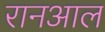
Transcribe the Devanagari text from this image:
रानआल